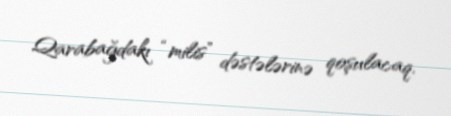
Qarabağdakı “milis” dəstələrinə qoşulacaq.